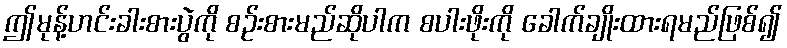
ဤမုန့်ဟင်းခါးစားပွဲကို စဉ်းစားမည်ဆိုပါက စပါးဖိုးကို ခေါက်ချိုးထားရမည်ဖြစ်၍